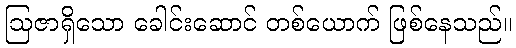
ဩဇာရှိသော ခေါင်းဆောင် တစ်ယောက် ဖြစ်နေသည်။